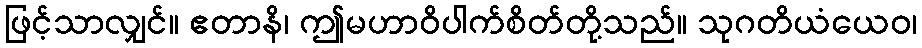
ဖြင့်သာလျှင်။ ဧတာနိ၊ ဤမဟာဝိပါက်စိတ်တို့သည်။ သုဂတိယံယေဝ၊